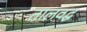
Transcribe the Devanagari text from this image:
तालवद्ध